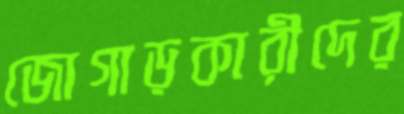
জোগাড়কারীদের